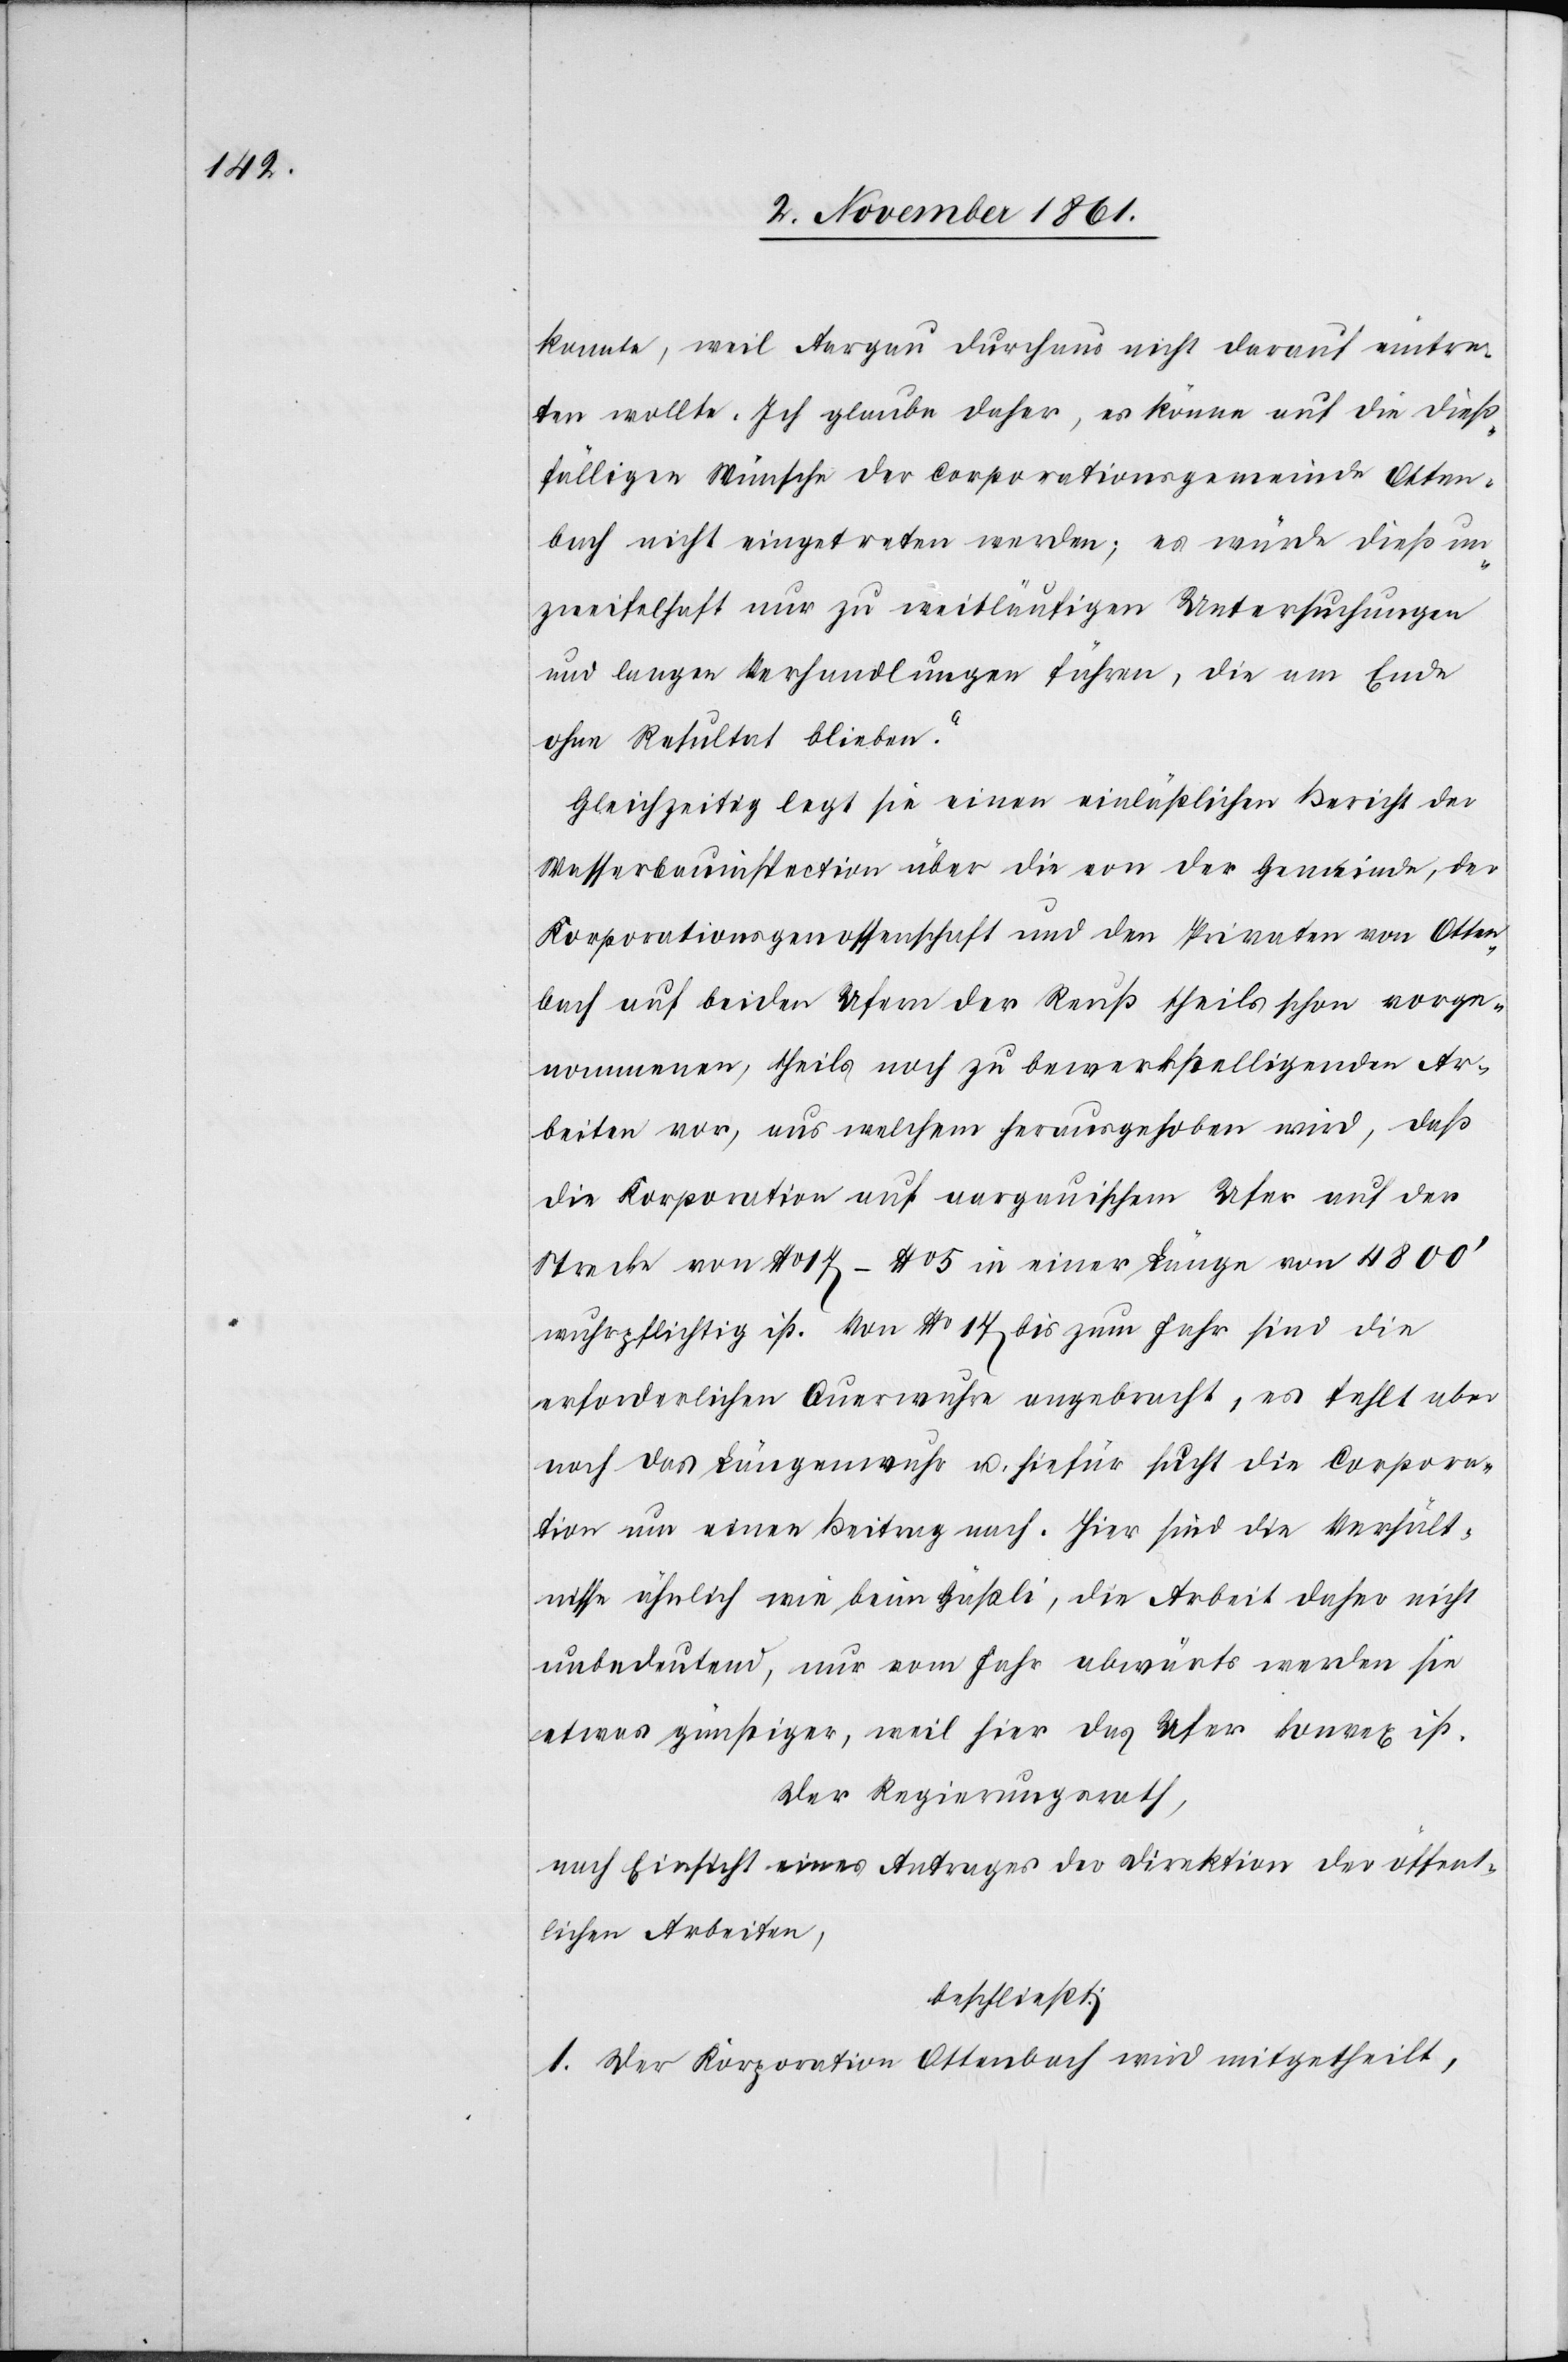
konnte, weil Aargau durchaus nicht darauf eintre¬
ten wollte. Ich glaube daher, es könne auf die dieß¬
fälligen Wünsche der Corporationsgemeinde Otten¬
bach nicht eingetreten werden, es würde dieß un¬
zweifelhaft nur zu weitläufigen Untersuchungen
und langen Verhandlungen führen, die am Ende
ohne Resultat blieben.“
Gleichzeitig legt sie einen einläßlichen Bericht der
Wasserbauinspection über die von der Gemeinde, der
Korporationsgenossenschaft und den Privaten von Otten¬
bach auf beiden Ufern der Reuß theils schon vorge¬
nommenen, theils noch zu bewerkstelligenden Ar¬
beiten vor, aus welchem herausgehoben wird, daß
die Korporation auf aargauischem Ufer auf der
Strecke von N° 17 – N° 5 in einer Länge von 4800’
wuhrpflichtig ist. Von N° 17 bis zum Fahr sind die
erforderlichen Querwuhre angebracht, es fehlt aber
noch das Längenwuhr u. hiefür sucht die Corpora¬
tion um einen Beitrag nach. Hier sind die Verhält¬
nisse ähnlich wie beim Gäßli, die Arbeit daher nicht
unbedeutend, nur vom Fahr abwärts werden sie
etwas günstiger, weil hier das Ufer konvex ist.
Der Regierungsrath,
nach Einsicht eines Antrages der Direktion der öffent¬
lichen Arbeiten,
beschließt:
1. Der Korporation Ottenbach wird mitgetheilt,